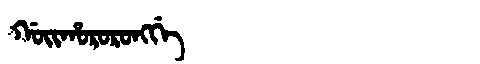
Manchu: ᡤᠣᡳᡥᠣᡵᠣᡵᠣᠩᡤᡝ
Romanization: GOIHORORONGGE